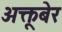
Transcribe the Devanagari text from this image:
अक्तूबेर